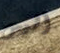
أليس